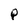
Character: P